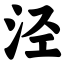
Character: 泾